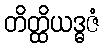
တိတ္ထိယဒ္ဓဇံ